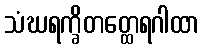
သံဃရက္ခိတတ္ထေရဂါထာ